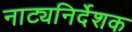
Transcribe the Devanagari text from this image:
नाट्यनिर्देशक